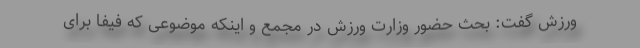
ورزش گفت: بحث حضور وزارت ورزش در مجمع و اینکه موضوعی که فیفا برای